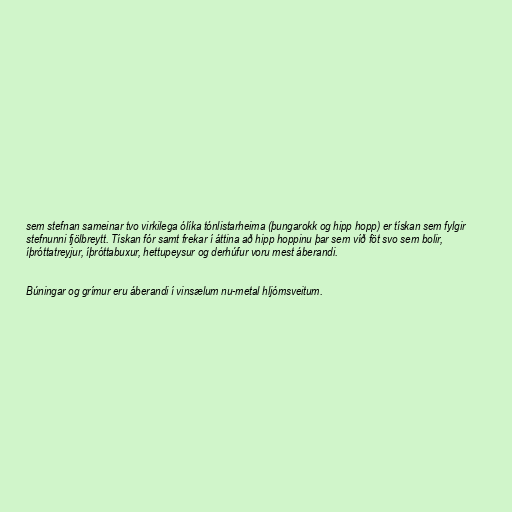
sem stefnan sameinar tvo virkilega ólíka tónlistarheima (þungarokk og hipp hopp) er tískan sem fylgir
stefnunni fjölbreytt. Tískan fór samt frekar í áttina að hipp hoppinu þar sem víð föt svo sem bolir,
íþróttatreyjur, íþróttabuxur, hettupeysur og derhúfur voru mest áberandi.

Búningar og grímur eru áberandi í vinsælum nu-metal hljómsveitum.